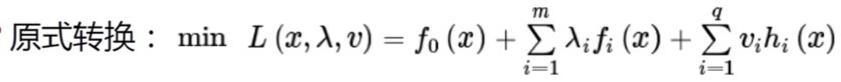
原式转换：$\min\ L(x,\lambda,v)=f_0(x)+\sum_{i = 1}^{m}\lambda_i f_i(x)+\sum_{i = 1}^{q}v_i h_i(x)$